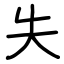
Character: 失